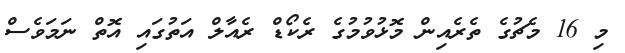
މި 16 މެޗުގެ ތެރެއިން މޮޅުވުމުގެ ރެކޯޑް ރެއާލް އަތުގައި އޮތް ނަމަވެސް